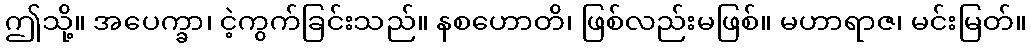
ဤသို့။ အပေက္ခာ၊ ငဲ့ကွက်ခြင်းသည်။ နစဟောတိ၊ ဖြစ်လည်းမဖြစ်။ မဟာရာဇ၊ မင်းမြတ်။